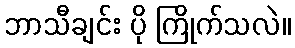
ဘာသီချင်း ပို ကြိုက်သလဲ။